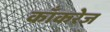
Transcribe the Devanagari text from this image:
काँकरेज